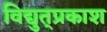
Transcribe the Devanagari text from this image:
विद्युत्‌प्रकाश